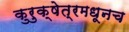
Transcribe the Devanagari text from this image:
कुरुक्षेत्रमधूनच